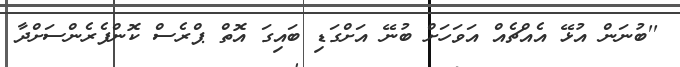
''ބުނަން އުޅޭ އެއްޗެއް އަވަހަށް ބުނޭ އަށްގަޑި ބައިގަ އޮތް ޕްރެސް ކޮންފެރެންސަށްދާ